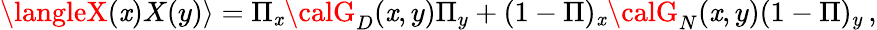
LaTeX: \langleX(\mathit{x})X(y)\rangle=\Pi_{\mathit{x}}{\calG}_{D}(\mathit{x},y)\Pi_{y}+(1-\Pi)_{\mathit{x}}{\calG}_{N}(\mathit{x},y)(1-\Pi)_{y}\, ,